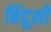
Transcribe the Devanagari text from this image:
बिंदूशी